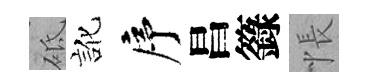
砥訛序昌籙悵